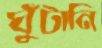
ঘুঁটানি